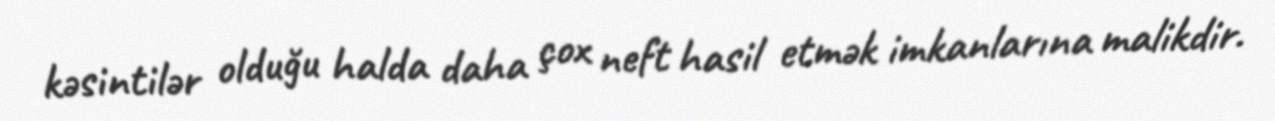
kəsintilər olduğu halda daha çox neft hasil etmək imkanlarına malikdir.